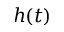
h ( t )